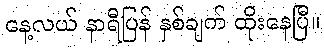
နေ့လယ် နာရီပြန် နှစ်ချက် ထိုးနေပြီ။